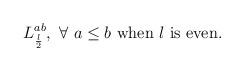
LaTeX: \begin{align*}L_{\frac{\l}{2}}^{ab}, \ \forall\ a\leq b \ \textup{when $\l$ is even}.\end{align*}